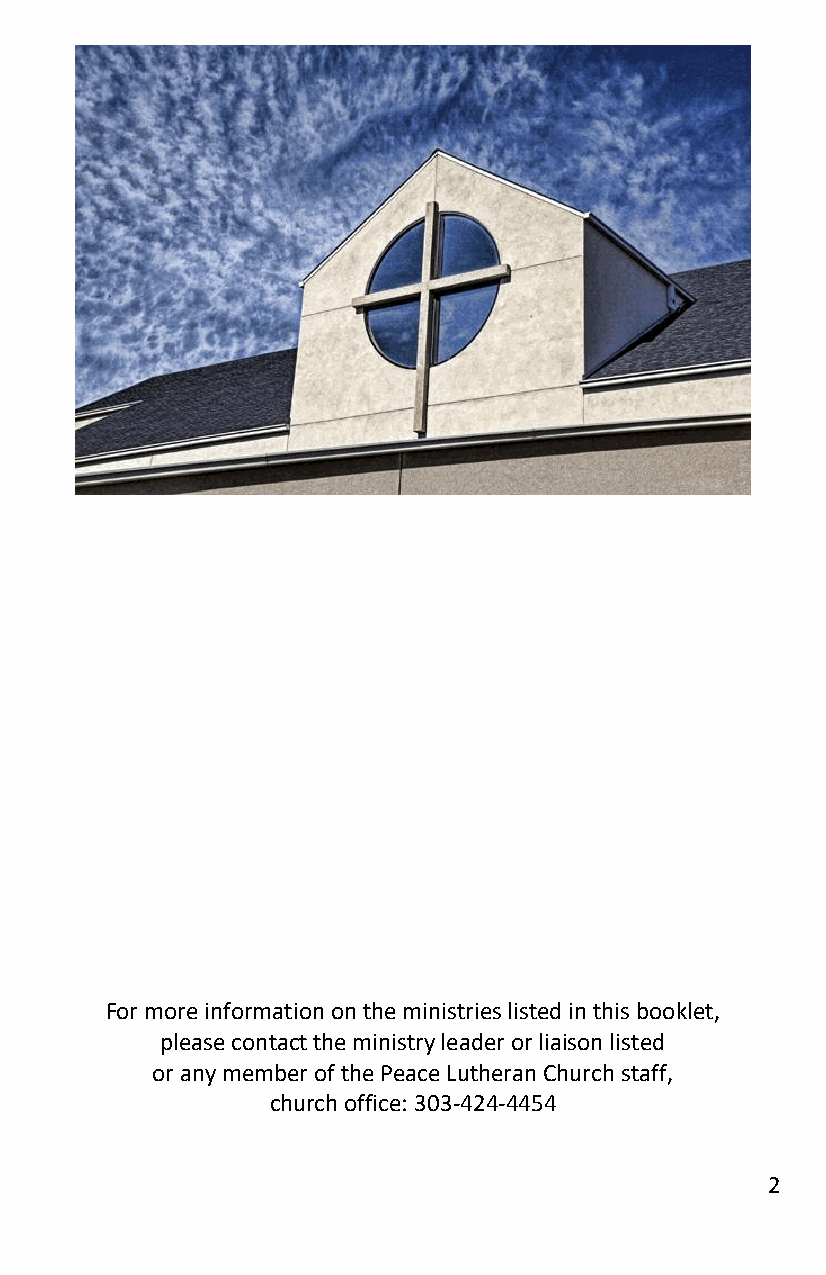
For more information on the ministries listed in this booklet,
 please contact the ministry leader or liaison listed
 or any member of the Peace Lutheran Church staff,
 church office: 303-424-4454
 2